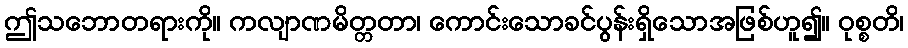
ဤသဘောတရားကို။ ကလျာဏမိတ္တတာ၊ ကောင်းသောခင်ပွန်းရှိသောအဖြစ်ဟူ၍။ ဝုစ္စတိ၊